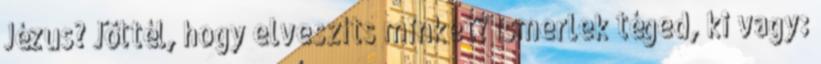
Jézus? Jöttél, hogy elveszíts minket? Ismerlek téged, ki vagy: